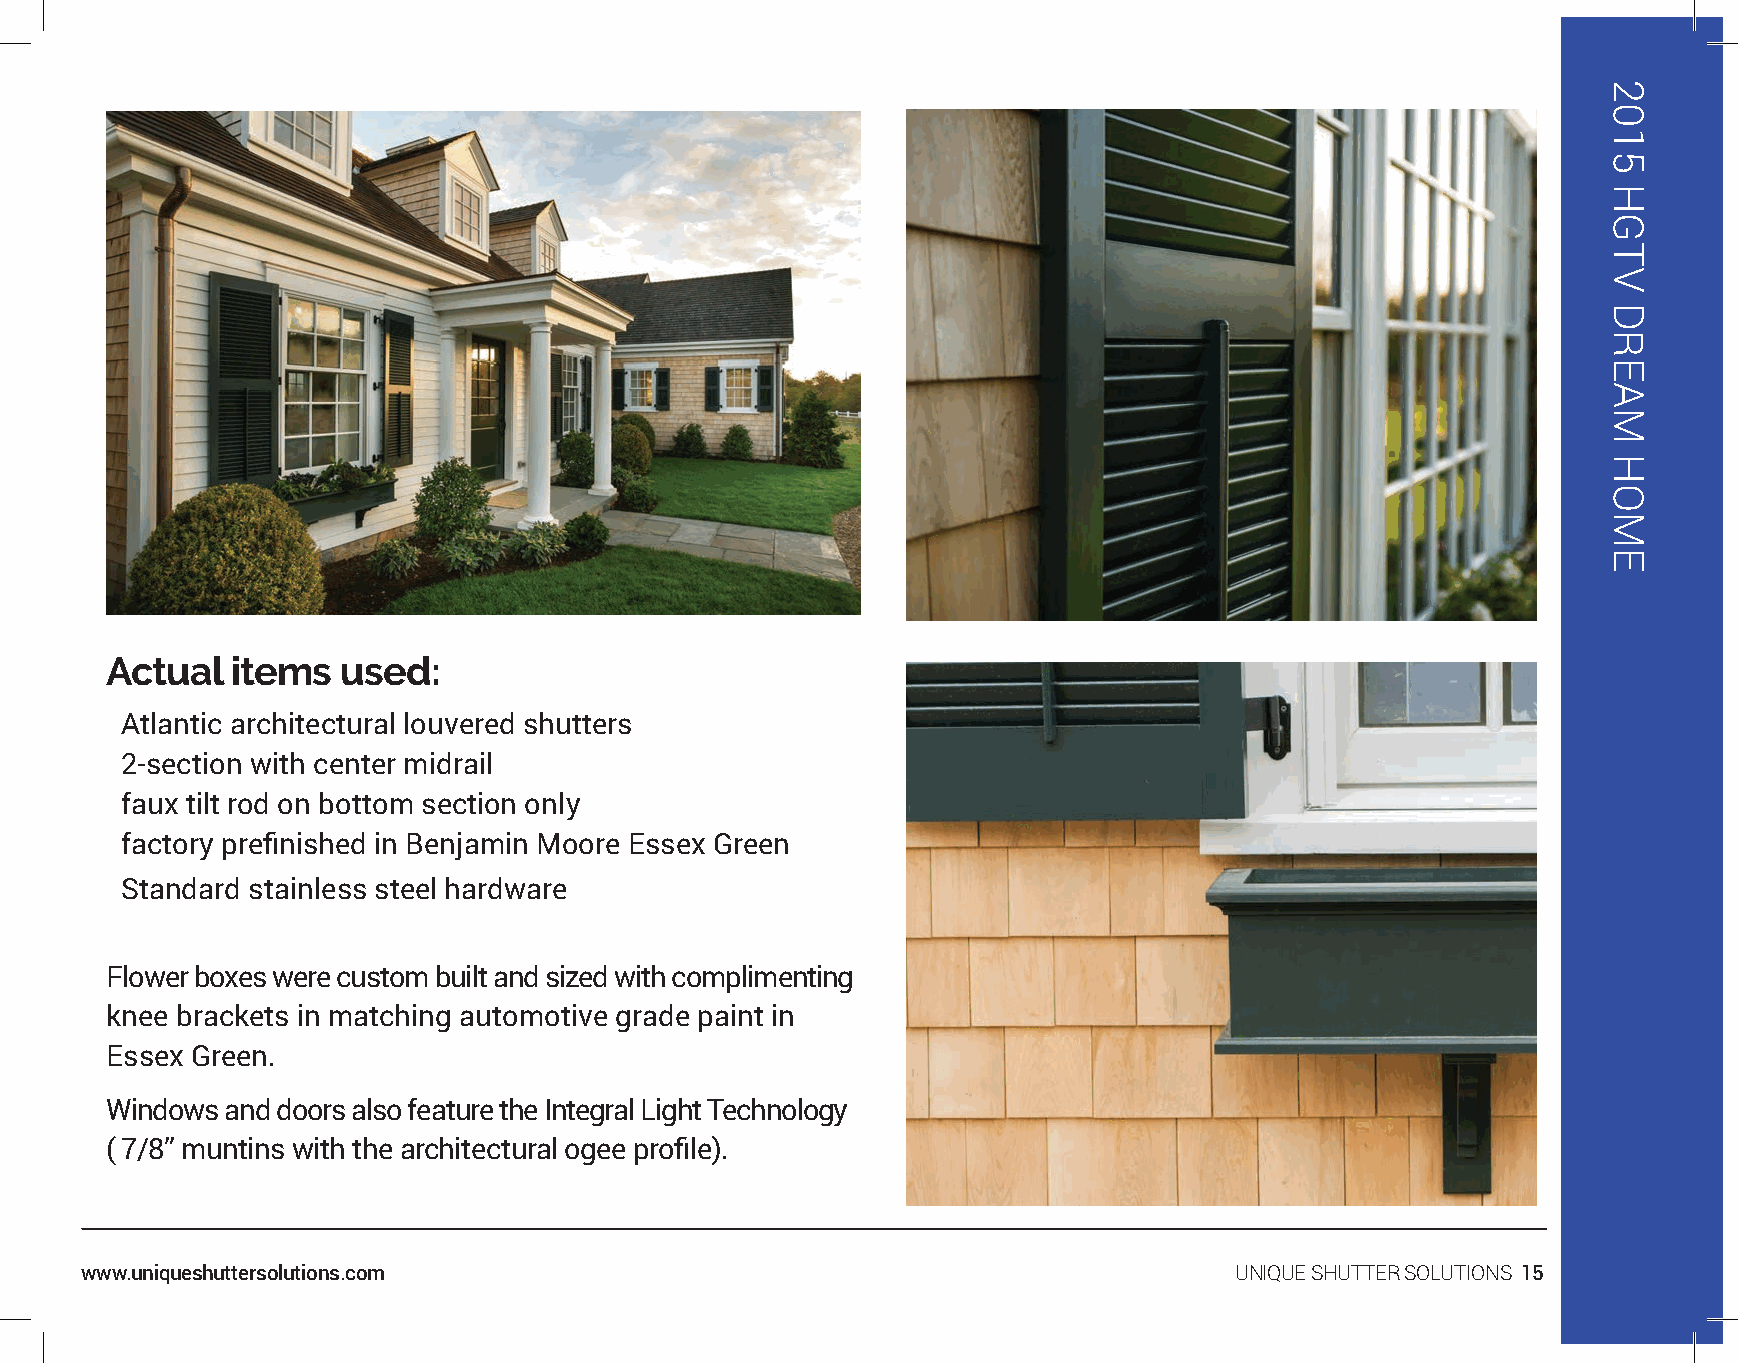
Actual  items   used:
 Atlantic architectural louvered shutters
 2-section with center midrail
 faux tilt rod on bottom section only
 factory prefinished in Benjamin Moore Essex Green
 Standard stainless steel hardware
 Flower boxes were custom built and sized with complimenting
 knee brackets in matching automotive grade paint in
 Essex Green.
 Windows and doors also feature the Integral Light Technology
 ( 7/8” muntins with the architectural ogee profile).
 www.uniqueshuttersolutions.com                                               UNIQUE SHUTTER SOLUTIONS 15
 2015
 HGTV
 DREAM
 HOME